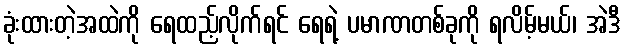
ခုံးထားတဲ့အထဲကို ရေထည့်လိုက်ရင် ရေရဲ့ ပမာဏတစ်ခုကို ရလိမ့်မယ်၊ အဲဒီ